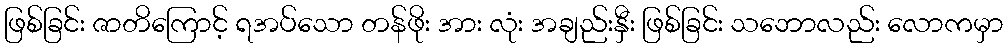
ဖြစ်ခြင်း ဇာတိကြောင့် ရအပ်သော တန်ဖိုး အား လုံး အချည်းနှီး ဖြစ်ခြင်း သဘောလည်း လောကမှာ